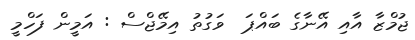
ޖުމްޒާ އާއި އޭނާގެ ބައްޕަ  ވަގުތު އިމޭޖްސް : އަމީން ފަހްމީ